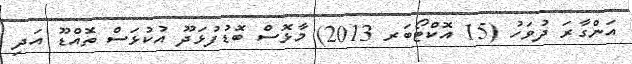
އަންގާރަ ދުވަހު (15 އޮކްޓޯބަރ 2013) މާޅޮސް ބޮޑުފުޅަދޫ އުކުޅަސް ތޮއްޑޫ އަދި